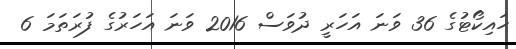
ހައިކޯޓުގެ 36 ވަނަ އަހަރީ ދުވަސް 2016 ވަނަ އަހަރުގެ ފުރަތަމަ 6